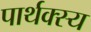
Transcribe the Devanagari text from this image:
पार्थक्स्य